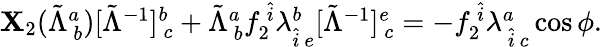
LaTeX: \begin{array}{r}{{\mathbf X}_{2}(\tilde{\Lambda}_{~b}^{a})[\tilde{\Lambda}^{-1}]_{~c}^{b}+\tilde{\Lambda}_{~b}^{a}f_{2}^{~\hat{i}}\lambda_{\hat{i}~e}^{b}[\tilde{\Lambda}^{-1}]_{~c}^{e}=-f_{2}^{~\hat{i}}\lambda_{~\hat{i}~c}^{a}\cos\phi.}\end{array}